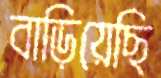
বাড়িয়েছি